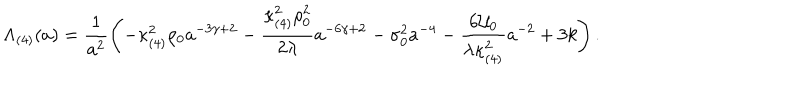
LaTeX: \Lambda _ { ( 4 ) } ( a ) = \frac { 1 } { a ^ { 2 } } \left( - \kappa _ { ( 4 ) } ^ { 2 } \rho _ { 0 } a ^ { - 3 \gamma + 2 } - \frac { \kappa _ { ( 4 ) } ^ { 2 } \rho _ { 0 } ^ { 2 } } { 2 \lambda } a ^ { - 6 \gamma + 2 } - \sigma _ { 0 } ^ { 2 } a ^ { - 4 } - \frac { 6 { \cal U } _ { 0 } } { \lambda \kappa _ { ( 4 ) } ^ { 2 } } a ^ { - 2 } + 3 k \right) .